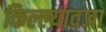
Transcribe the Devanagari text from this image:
किल्ल्यावजा